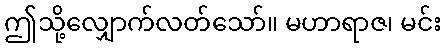
ဤသို့လျှောက်လတ်သော်။ မဟာရာဇ၊ မင်း